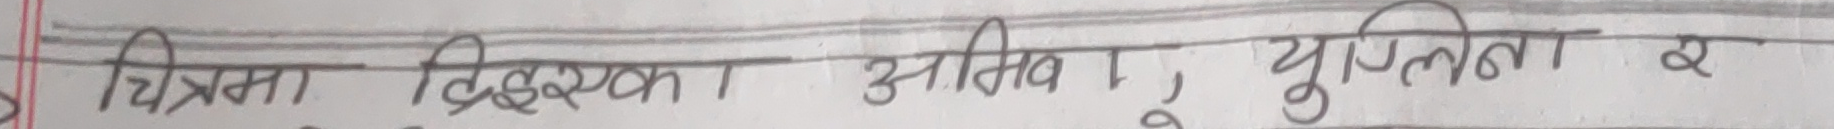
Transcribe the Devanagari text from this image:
चित्रमा विश्वका असीव, युटिलता र